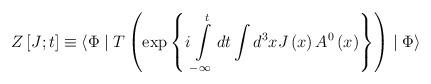
LaTeX: \begin{align*}Z\left[ J;t\right]\equiv \langle \Phi \mid T\left(\exp \left\{i\int\limits_{-\infty }^tdt\int d^3xJ\left(x\right) A^0\left(x\right) \right\} \right) \mid \Phi \rangle\end{align*}